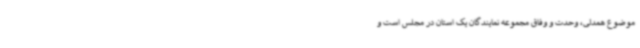
موضوع همدلی، وحدت و وفاق مجموعه نمایندگان یک استان در مجلس است و